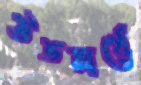
উভয়ার্থে